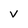
Character: v